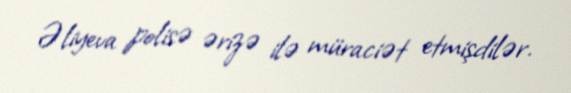
Əliyeva polisə ərizə ilə müraciət etmişdilər.